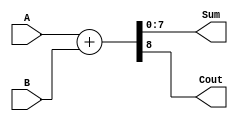
`timescale 1ns / 1ps

module HA(A, B, Sum, Cout);
input [7:0]A;
input [7:0]B;
output reg [7:0] Sum;
output reg Cout;
reg [8:0] temp;

always @(*) begin
temp = A + B;
Sum = temp [7:0];
Cout = temp [8];
end
endmodule